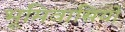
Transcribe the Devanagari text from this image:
भूमिवासियों